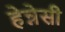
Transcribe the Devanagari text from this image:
हेन्नेसी